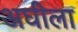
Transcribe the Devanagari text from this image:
अघीला